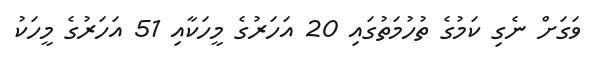
ވަގަށް ނެގި ކަމުގެ ތުހުމަތުގައި 20 އަހަރުގެ މީހަކާއި 51 އަހަރުގެ މީހަކު